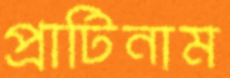
প্রাটিনাম